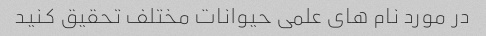
در مورد نام های علمی حیوانات مختلف تحقیق کنید